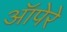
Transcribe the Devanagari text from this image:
ऑपेरे